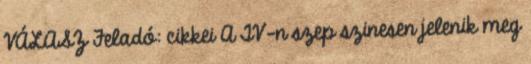
VÁLASZ Feladó: cikkei A TV-n szep szinesen jelenik meg